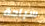
سباحة